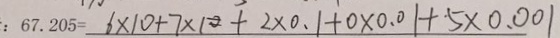
: 6 7 . 2 0 5 = 6 \times 1 0 + 7 \times 1 0 + 2 \times 0 . 1 + 0 \times 0 . 0 1 + 5 \times 0 . 0 0 1